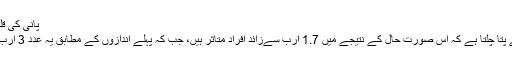
پانی کی قلت عام مسئلہ
مطالعے سے پتا چلتا ہے کہ اس صورت حال کے نتیجے میں 1.7 ارب سےزائد افراد متاثر ہیں، جب کہ پہلے اندازوں کے مطابق یہ عدد 3 ارب افراد کا تھا۔